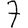
Digit: 7